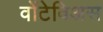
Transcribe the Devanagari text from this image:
वोंटेविअस